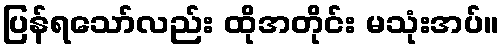
ပြန်ရသော်လည်း ထိုအတိုင်း မသုံးအပ်။